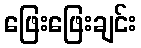
ဖြေးဖြေးချင်း